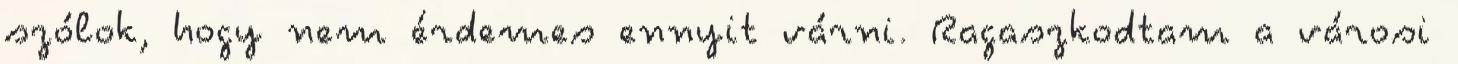
szólok, hogy nem érdemes ennyit várni. Ragaszkodtam a városi